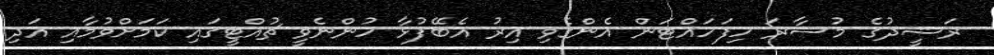
ރަޝީދުގެ މުސާރަ ހިފަހައްޓަން އެންގެވި އިރު އެބޭފުޅާ ހުންނެވީ ޗުއްޓީގައި ކަމަށްވުމާއި އަދި